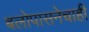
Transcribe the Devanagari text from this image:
बलोपासनेचाही